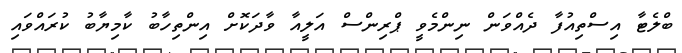
ބްލެޓާ އިސްތިއުފާ ދެއްވަން ނިންމެވީ ޕްރިންސް އަލީއާ ވާދަކޮށް އިންތިހާބު ކާމިޔާބު ކުރައްވައި